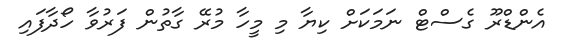
އެންޑްރޫ ގެސްޓް ނަމަކަށް ކިޔާ މި މީހާ މުރޭ ގާތުން ފަރުވާ ހޯދާފައި